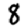
Digit: 8